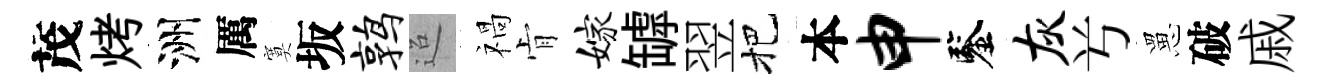
茂烤洲厲寞坂鹑迢禍肻嫁罅翌把本申鑒灰𠔃罳破戚